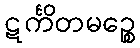
ဋင်္ကိတမဉ္စေ